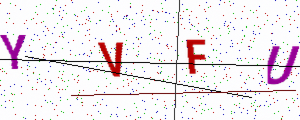
Text: YVFU